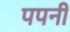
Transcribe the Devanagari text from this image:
पपनी